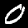
Label: 0